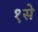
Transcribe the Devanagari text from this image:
१से